Lunatic asylums Bombay report 1878-1890 - 1878-1890
Year: 1878
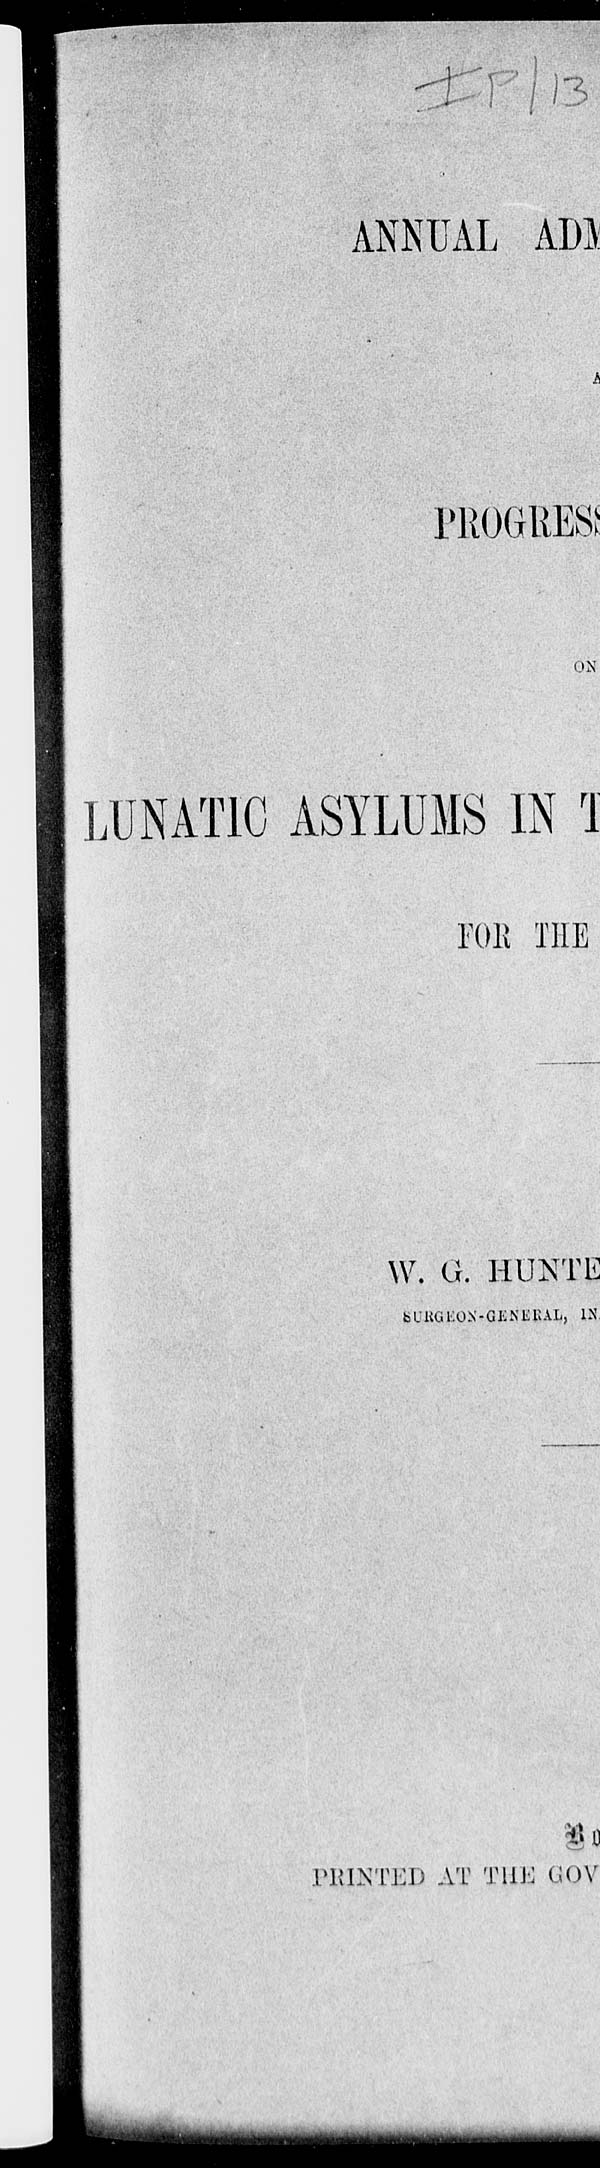
ANNUAL ADM
PROGRESS
ON
LUNATIC ASYLUMS IN T
FOR THE
W. G. HUNTE
SURGEON-GENERAL, IN
By
PRINTED AT THE GOV